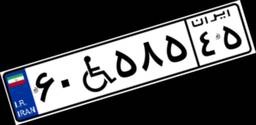
۶۰W۵۸۵۴۵